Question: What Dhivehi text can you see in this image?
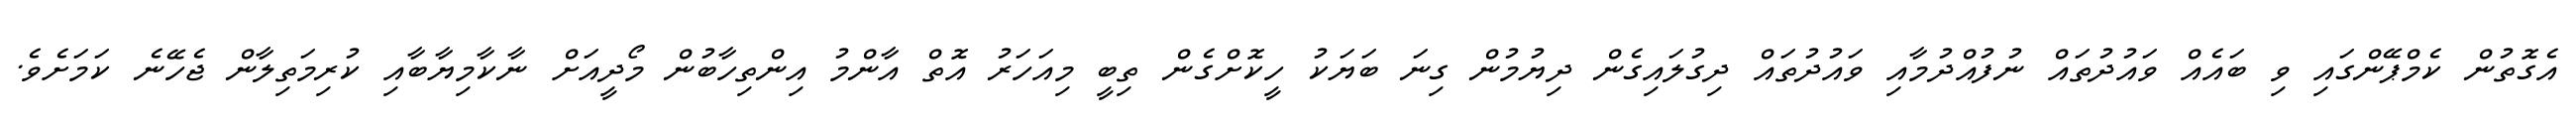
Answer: އެގޮތުން ކެމްޕޭންގައި ވި ބައެއް ވައުދުތައް ނުފުއްދުމާއި ވައުދުތައް ދިގުލައިގެން ދިޔުމުން ގިނަ ބަޔަކު ހީކޮށްގެން ތިބީ މިއަހަރު އޮތް އާންމު އިންތިހާބުން މޯދީއަށް ނާކާމިޔާބާއި ކުރިމަތިލާން ޖެހޭނެ ކަމަށެވެ.